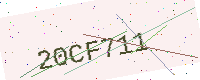
Text: 20CF711